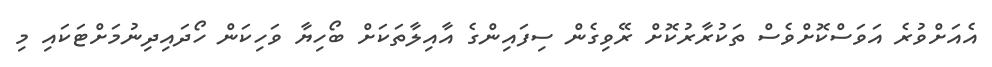
އެއަށްވުރެ އަވަސްކޮށްވެސް ތަކުރާރުކޮށް ރޭވިގެން ސިފައިންގެ އާއިލާތަކަށް ބޯހިޔާ ވަހިކަން ހޯދައިދިނުމަށްޓަކައި މި